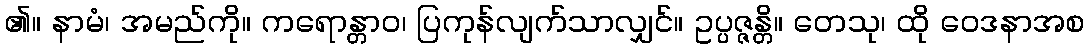
၏။ နာမံ၊ အမည်ကို။ ကရောန္တာဝ၊ ပြကုန်လျက်သာလျှင်။ ဥပ္ပဇ္ဇန္တိ။ တေသု၊ ထို ဝေဒနာအစ